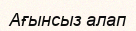
Ағынсыз алап